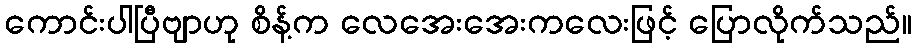
ကောင်းပါပြီဗျာဟု စိန့်က လေအေးအေးကလေးဖြင့် ပြောလိုက်သည်။